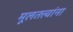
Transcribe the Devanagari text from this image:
मूलतत्त्वांना